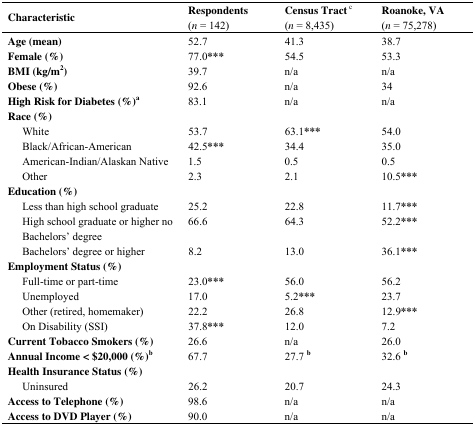
<table><thead><tr><td><b>Characteristic</b></td><td><b>Respondents(<i>n</i> = 142)</b></td><td><b>Census Tract<sup> c</sup>(<i>n</i> = 8,435)</b></td><td><b>Roanoke, VA(<i>n</i> = 75,278)</b></td></tr></thead><tbody><tr><td><b>Age (mean)</b></td><td>52.7</td><td>41.3</td><td>38.7</td></tr><tr><td><b>Female (%)</b></td><td>77.0***</td><td>54.5</td><td>53.3</td></tr><tr><td><b>BMI (kg/m<sup>2</sup>)</b></td><td>39.7</td><td>n/a</td><td>n/a</td></tr><tr><td><b>Obese (%)</b></td><td>92.6</td><td>n/a</td><td>34</td></tr><tr><td><b>High Risk for Diabetes (%)<sup>a</sup></b></td><td>83.1</td><td>n/a</td><td>n/a</td></tr><tr><td colspan="4"><b>Race (%)</b></td></tr><tr><td>White</td><td>53.7</td><td>63.1***</td><td>54.0</td></tr><tr><td>Black/African-American</td><td>42.5***</td><td>34.4</td><td>35.0</td></tr><tr><td>American-Indian/Alaskan Native</td><td>1.5</td><td>0.5</td><td>0.5</td></tr><tr><td>Other</td><td>2.3</td><td>2.1</td><td>10.5***</td></tr><tr><td colspan="4"><b>Education (%)</b></td></tr><tr><td>Less than high school graduate</td><td>25.2</td><td>22.8</td><td>11.7***</td></tr><tr><td>High school graduate or higher no Bachelors’ degree</td><td>66.6</td><td>64.3</td><td>52.2***</td></tr><tr><td>Bachelors’ degree or higher</td><td>8.2</td><td>13.0</td><td>36.1***</td></tr><tr><td colspan="4"><b>Employment Status (%)</b></td></tr><tr><td>Full-time or part-time</td><td>23.0***</td><td>56.0</td><td>56.2</td></tr><tr><td>Unemployed</td><td>17.0</td><td>5.2***</td><td>23.7</td></tr><tr><td>Other (retired, homemaker)</td><td>22.2</td><td>26.8</td><td>12.9***</td></tr><tr><td>On Disability (SSI)</td><td>37.8***</td><td>12.0</td><td>7.2</td></tr><tr><td><b>Current Tobacco Smokers (%)</b></td><td>26.6</td><td>n/a</td><td>26.0</td></tr><tr><td><b>Annual Income &lt; $20,000 (%)<sup>b</sup></b></td><td>67.7</td><td>27.7 <sup>b</sup></td><td>32.6 <sup>b</sup></td></tr><tr><td colspan="4"><b>Health Insurance Status (%)</b></td></tr><tr><td>Uninsured</td><td>26.2</td><td>20.7</td><td>24.3</td></tr><tr><td><b>Access to Telephone (%)</b></td><td>98.6</td><td>n/a</td><td>n/a</td></tr><tr><td><b>Access to DVD Player (%)</b></td><td>90.0</td><td>n/a</td><td>n/a</td></tr></tbody></table>